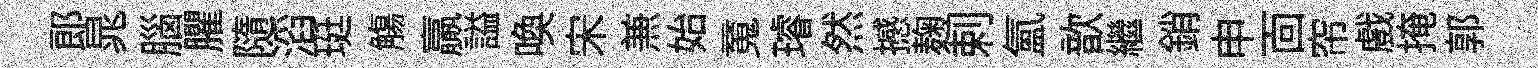
郎晁腦臞隨滔珽觴贏謚喚宋𠔥始䰟璿然撼麹剌氲歆繼銷申靣帘戲掩郭